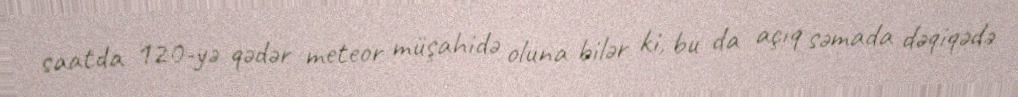
saatda 120-yə qədər meteor müşahidə oluna bilər ki, bu da açıq səmada dəqiqədə